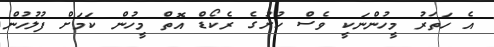
އެ ހަތަރު މީހުންނަކީ ވެސް ކުށުގެ ރެކޯޑް އޮތް މީހުން ކަމަށް ފުލުހުން